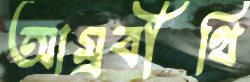
আম্রবীথি